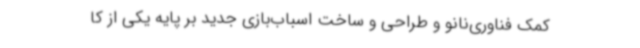
کمک فناوری‌نانو و طراحی و ساخت اسباب‌بازی‌ جدید بر پایه یکی از کا